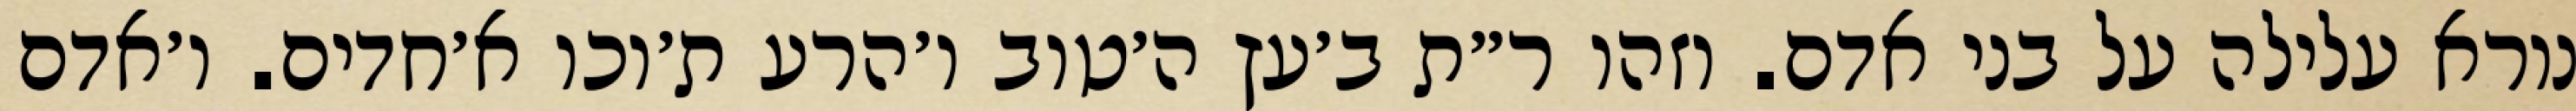
נורא עלילה על בני אדם. וזהו ר״ת ב׳עץ ה׳טוב ו׳הרע ת׳וכו א׳חדים. ו׳אדם